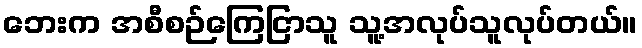
ဘေးက အစီစဉ်ကြေငြာသူ သူ့အလုပ်သူလုပ်တယ်။